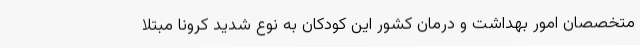
متخصصان امور بهداشت و درمان کشور این کودکان به نوع شدید کرونا مبتلا